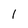
Character: l